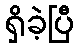
ရှိခဲ့ပြီ